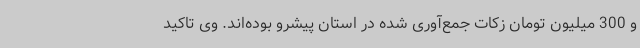
و 300 میلیون تومان زکات جمع‌آوری شده در استان پیشرو بوده‌اند. وی تاکید